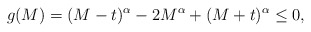
\begin{align*}g(M) = (M-t)^\alpha - 2M^\alpha + (M+t)^\alpha \leq 0,\end{align*}